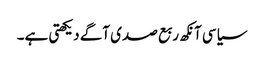
سیاسی آنکھ ربع صدی آگے دیکھتی ہے۔